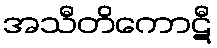
အသီတိကောဋီ